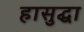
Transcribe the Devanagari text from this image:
हासुद्घा